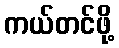
ကယ်တင်ဖို့